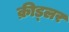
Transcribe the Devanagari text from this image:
क्रीड्लर